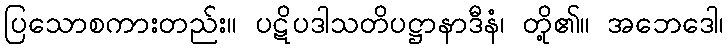
ပြသောစကားတည်း။ ပဋိပဒါသတိပဋ္ဌာနာဒီနံ၊ တို့၏။ အဘေဒေါ၊